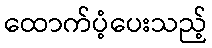
ထောက်ပံ့ပေးသည့်